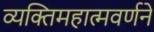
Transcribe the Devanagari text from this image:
व्यक्तिमहात्मवर्णने